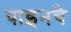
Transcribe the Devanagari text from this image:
पाइनचे